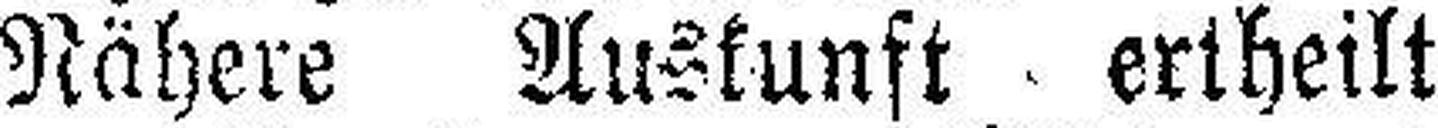
Nähere Auskunft ertheilt